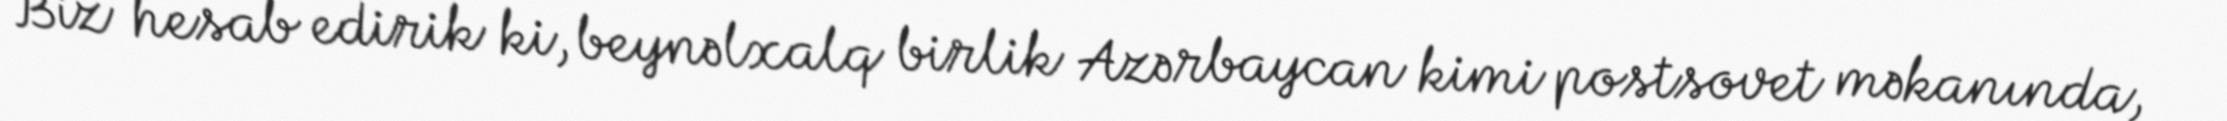
Biz hesab edirik ki, beynəlxalq birlik Azərbaycan kimi postsovet məkanında,